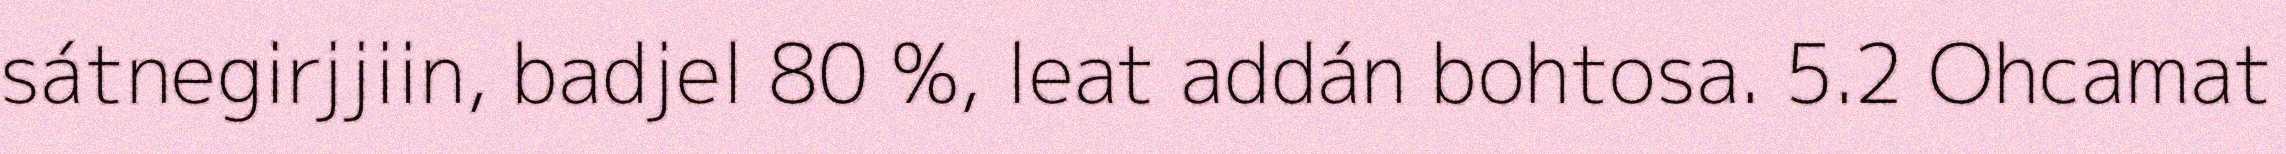
sátnegirjjiin, badjel 80 %, leat addán bohtosa. 5.2 Ohcamat